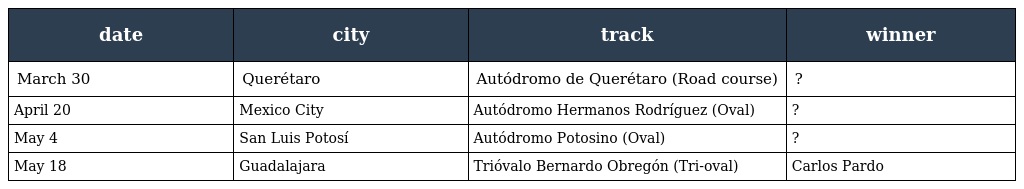
| date | city | track | winner |
 | --- | --- | --- | --- |
 | March 30 | Querétaro | Autódromo de Querétaro (Road course) | ? |
 | April 20 | Mexico City | Autódromo Hermanos Rodríguez (Oval) | ? |
 | May 4 | San Luis Potosí | Autódromo Potosino (Oval) | ? |
 | May 18 | Guadalajara | Trióvalo Bernardo Obregón (Tri-oval) | Carlos Pardo |